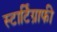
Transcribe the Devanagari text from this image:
स्टार्टिग्राफी